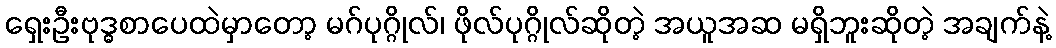
ရှေးဦးဗုဒ္ဓစာပေထဲမှာတော့ မဂ်ပုဂ္ဂိုလ်၊ ဖိုလ်ပုဂ္ဂိုလ်ဆိုတဲ့ အယူအဆ မရှိဘူးဆိုတဲ့ အချက်နဲ့